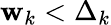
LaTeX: \mathbf{w}_{k}<\Delta_{k}